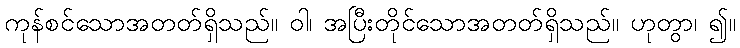
ကုန်စင်သောအတတ်ရှိသည်။ ဝါ၊ အပြီးတိုင်သောအတတ်ရှိသည်။ ဟုတွာ၊ ၍။